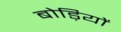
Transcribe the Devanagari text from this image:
बोड़ियों